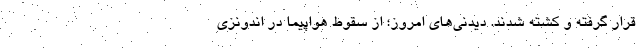
قرار گرفته و کشته شدند. دیدنی‌های امروز؛ از سقوط هواپیما در اندونزی